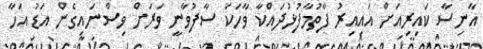
އާނިސާ ކައިރިއަށް އައިއިރު ފާތުމާފުޅުދައްކާ ވާހަކަ ސާފުވާނީ ވަރަށް ވިސްނައިގެން އަޑު އަހާ